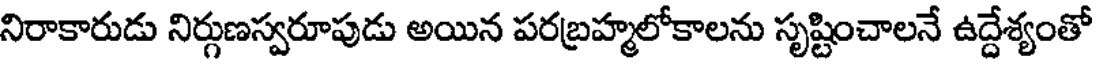
నిరాకారుడు నిర్గుణస్వరూపుడు అయిన పరబ్రహ్మలోకాలను సృష్టించాలనే ఉద్దేశ్యంతో